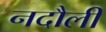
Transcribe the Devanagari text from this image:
नदौली